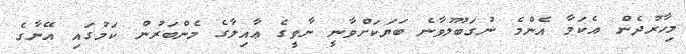
މިހާރުދެން އެކަމާ އެންމެ ނުގަބޫލުވާނެ ބަޔަކަށްވާނީ ނާވީގެ ޢާއިލާގެ މެންބަރުން ކަމުގައި އޭނާގެ